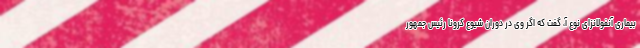
بیماری آنفولانزای نوع آ، گفت که اگر وی در دوران شیوع کرونا رئیس جمهور